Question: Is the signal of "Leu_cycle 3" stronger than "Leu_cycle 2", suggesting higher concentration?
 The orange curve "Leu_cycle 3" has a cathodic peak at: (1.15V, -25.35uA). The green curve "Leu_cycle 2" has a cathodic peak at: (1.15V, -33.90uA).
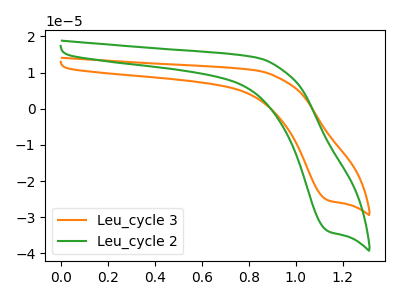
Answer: <think>All the peaks in "Leu_cycle 3" have a peak in "Leu_cycle 2" at the same potential. Every peak in "Leu_cycle 3" is lower than every peak in "Leu_cycle 2".
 </think>
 <answer>"Leu_cycle 3" has less signal than "Leu_cycle 2" and so likely has a lower concentration.</answer>
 <eval>less_concentration</eval>